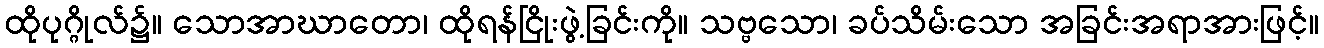
ထိုပုဂ္ဂိုလ်၌။ သောအာဃာတော၊ ထိုရန်ငြိုးဖွဲ့ခြင်းကို။ သဗ္ဗသော၊ ခပ်သိမ်းသော အခြင်းအရာအားဖြင့်။